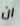
ان